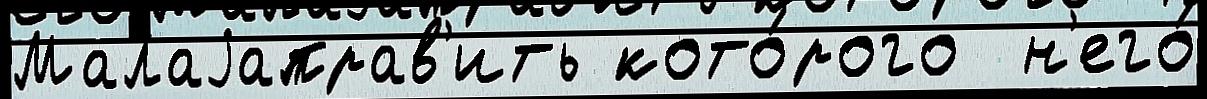
Малаjаправ'ить кото́рого  н'его́